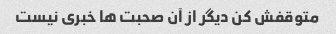
متوقفش کن دیگر از آن صحبت ها خبری نیست